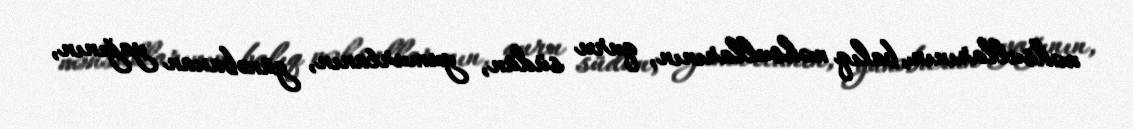
məhsullarının, balıq məhsullarının, quru südün, yumurtanın, günəbaxan yağının,